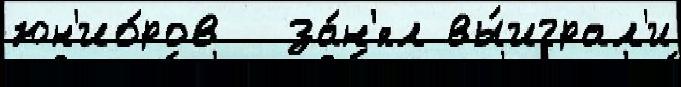
юн'ио́ров  за́н'ял вы́играл'и